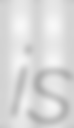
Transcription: is